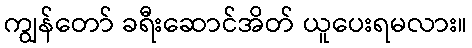
ကျွန်တော် ခရီးဆောင်အိတ် ယူပေးရမလား။